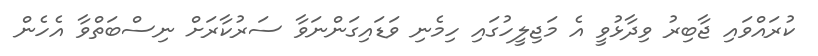
ކުރައްވައި ޖާބިރު ވިދާޅުވީ އެ މަޖިލީހުގައި ހިމެނި ވަޑައިގަންނަވާ ސަރުކާރަށް ނިސްބަތްވާ އެހެން